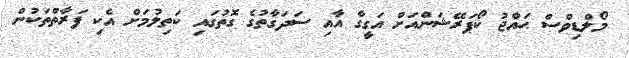
މޯލްޑިވްސް ޙައްޖު ކޯޕަރޭޝަންއަށް އަގީގާ އާއި ސަދަގާތުގެ ގޮތުގައި ކަތިލުމަށް އެކި ފަރާތްތަކުން